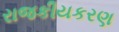
રાજકીયકરણ